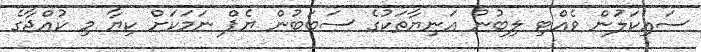
ސައިކަލަުން ވެއްޓި ލިބުނު އަނިޔާތަކުގެ ސަބަބުން ޔެޕް ނަމަކަށް ކިޔާ މި ކުއްޖާގެ